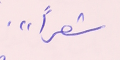
شعراً".